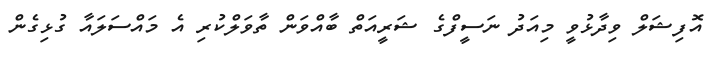
އޮފިޝަލް ވިދާޅުވީ މިއަދު ނަސީފްގެ ޝަރީއަތް ބާއްވަން ތާވަލްކުރި އެ މައްސަލައާ ގުޅިގެން